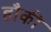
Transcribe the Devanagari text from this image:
हौकी